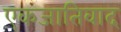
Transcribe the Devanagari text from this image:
एकजातिवाद